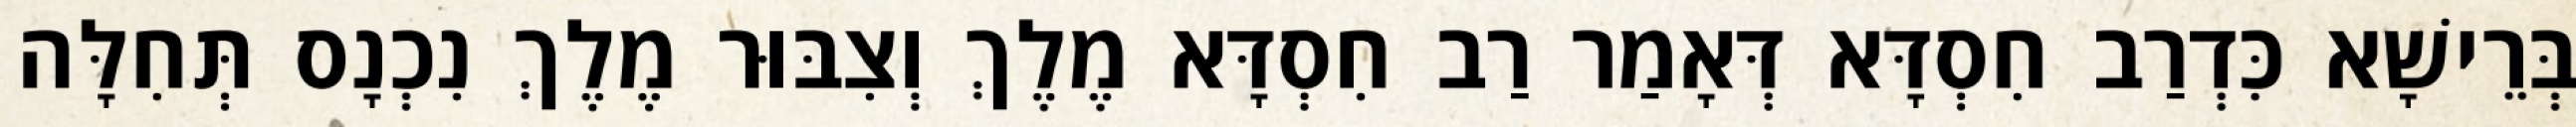
בְּרֵישָׁא כִּדְרַב חִסְדָּא דְּאָמַר רַב חִסְדָּא מֶלֶךְ וְצִבּוּר מֶלֶךְ נִכְנָס תְּחִלָּה